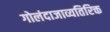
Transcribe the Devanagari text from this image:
गोलंदाजाव्यतिरिक्त